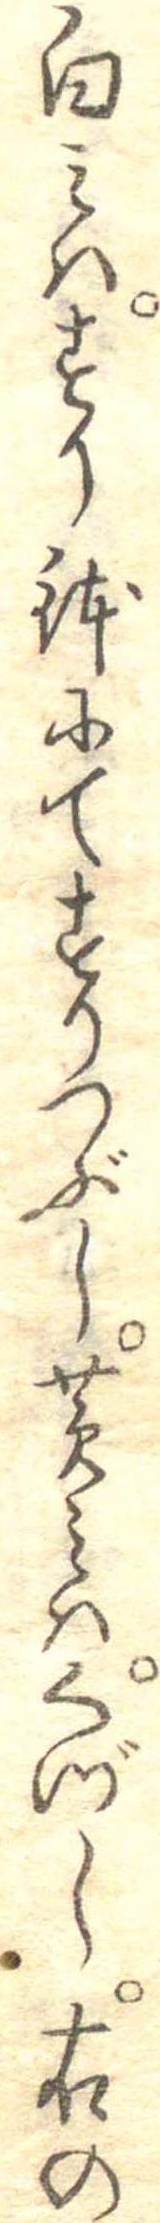
白みはすり鉢にてすりつぶし黄みはくづし右の